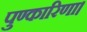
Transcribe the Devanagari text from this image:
पुण्कारिणा।